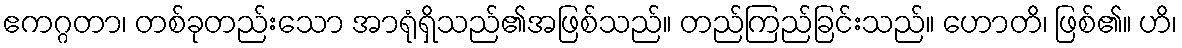
ဧကဂ္ဂတာ၊ တစ်ခုတည်းသော အာရုံရှိသည်၏အဖြစ်သည်။ တည်ကြည်ခြင်းသည်။ ဟောတိ၊ ဖြစ်၏။ ဟိ၊